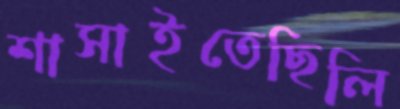
শাসাইতেছিলি